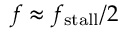
f \approx f _ { \mathrm { s t a l l } } / 2